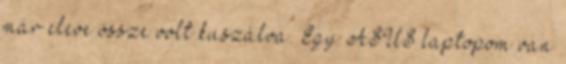
már eleve össze volt kuszálva. Egy ASUS laptopom van